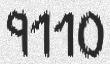
9110